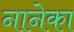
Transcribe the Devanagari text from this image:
नानेका